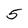
Character: 5